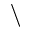
\backslash